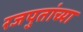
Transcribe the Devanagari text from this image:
रजपुतांच्या